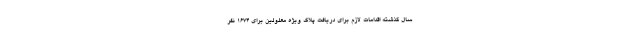
سال گذشته اقدامات لازم برای دریافت پلاک ویژه معلولین برای ۱۶۷۴ نفر